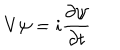
V \psi = i \frac { \partial \psi } { \partial t }